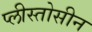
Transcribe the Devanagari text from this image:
प्लीस्तोसीन